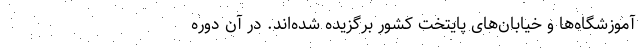
آموزشگاه‌ها و خیابان‌های پایتخت کشور برگزیده شده‌اند. در آن دوره